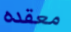
معقده